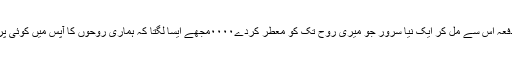
مجھے ہر دفعہ اُس سے مل کر ایک نیا سرور جو میری روح تک کو معّطر کردے۰۰۰۰مجھے ایسا لگتا کہ ہماری روحوں کا آپس میں کوئی پرانا سمبندھ؟